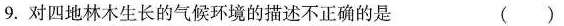
9.对四地林木生长的气候环境的描述不正确的是 ( )